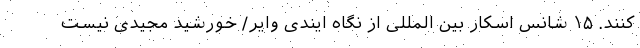
کنند. ۱۵ شانس اسکار بین المللی از نگاه ایندی وایر/ خورشید مجیدی نیست